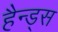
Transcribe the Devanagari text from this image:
हैन्ड्स